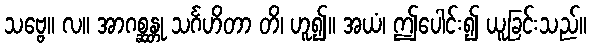
သဗ္ဗေ။ လ။ အာဂစ္ဆန္တု သင်္ဂဟိတာ တိ၊ ဟူ၍။ အယံ၊ ဤပေါင်း၍ ယူခြင်းသည်။